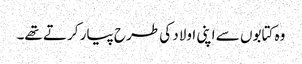
وہ کتابوں سے اپنی اولاد کی طرح پیار کرتے تھے۔